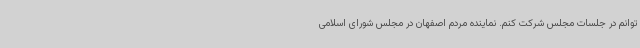
توانم در جلسات مجلس شرکت کنم. نماینده مردم اصفهان در مجلس شورای اسلامی